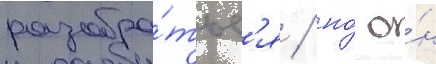
разобра́тьс'я / но́ о́н